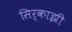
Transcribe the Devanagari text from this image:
सिर्काझी